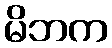
မိဘက